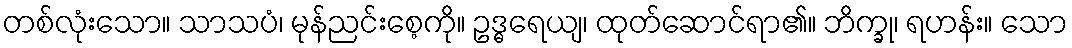
တစ်လုံးသော။ သာသပံ၊ မုန်ညင်းစေ့ကို။ ဥဒ္ဓရေယျ၊ ထုတ်ဆောင်ရာ၏။ ဘိက္ခု၊ ရဟန်း။ သော